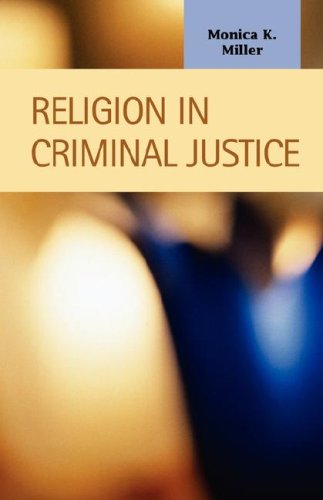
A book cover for Religion in Criminal Justice (Criminal Justice: Recent Scholarship); Monica K. Miller; Law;